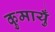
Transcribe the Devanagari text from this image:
कुमायुँ